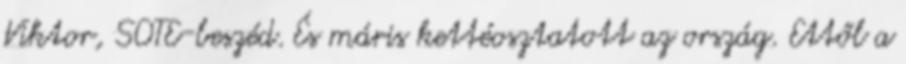
Viktor, SOTE-beszéd. És máris kettéosztatott az ország. Ettől a